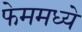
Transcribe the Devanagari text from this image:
फेममध्ये